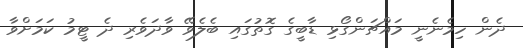
ދެން ހިމެނެނީ މައްޗަންގޯޅި ޑާބީގެ ގޮތުގައި ބެލެވޭ ވާދަވެރި ދެ ޓީމު ކަމަށްވާ